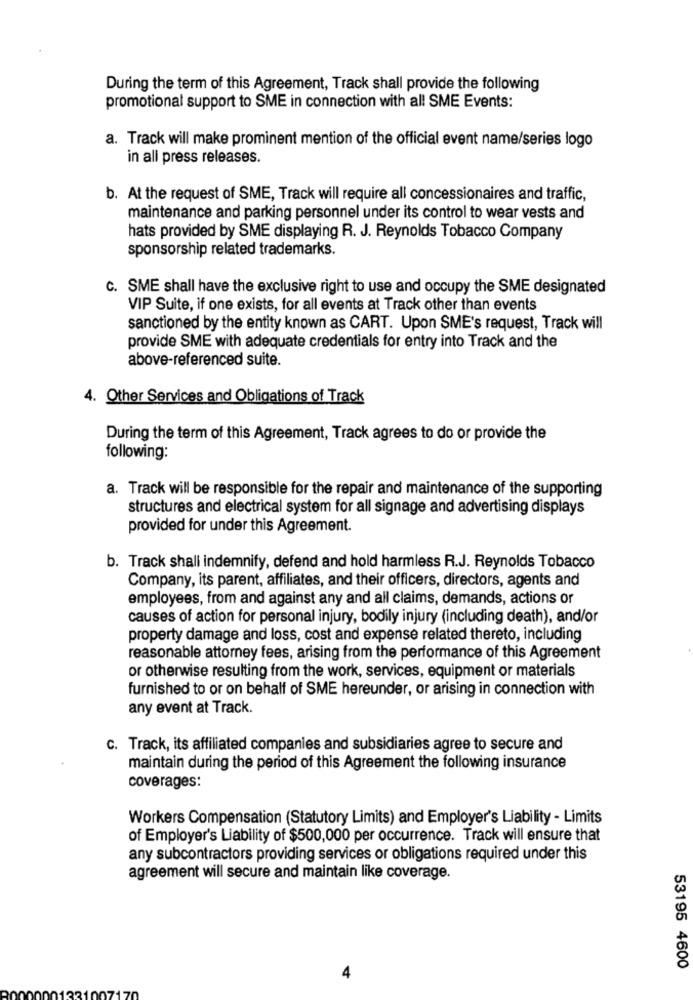
During the term of this Agreement, Track shall provide the following
promotional support to SME in connection with all SME Events:
a. Track will make prominent mention of the official event name/series logo
in all press releases.
b. At the request of SME, Track will require all concessionaires and traffic,
maintenance and parking personnel under its control to wear vests and
hats provided by SME displaying R. J. Reynolds Tobacco Company
sponsorship related trademarks.
C. SME shall have the exclusive right to use and occupy the SME designated
VIP Suite, if one exists, for all events at Track other than events
sanctioned by the entity known as CART. Upon SME's request, Track will
provide SME with adequate credentials for entry into Track and the
above-referenced suite.
4. Other Services and Obligations of Track
During the term of this Agreement, Track agrees to do or provide the
following:
a. Track will be responsible for the repair and maintenance of the supporting
structures and electrical system for all signage and advertising displays
provided for under this Agreement.
b. Track shall indemnify, defend and hold harmless R.J. Reynolds Tobacco
Company, its parent, affiliates, and their officers, directors, agents and
employees, from and against any and all claims, demands, actions or
causes of action for personal injury, bodily injury (including death), and/or
property damage and loss, cost and expense related thereto, including
reasonable attorney fees, arising from the performance of this Agreement
or otherwise resulting from the work, services, equipment or materials
furnished to or on behalf of SME hereunder, or arising in connection with
any event at Track.
c. Track, its affiliated companies and subsidiaries agree to secure and
maintain during the period of this Agreement the following insurance
coverages:
Workers Compensation (Statutory Limits) and Employer's Liability - Limits
of Employer's Liability of $500,000 per occurrence. Track will ensure that
any subcontractors providing services or obligations required under this
agreement will secure and maintain like coverage.
53195 4600
4